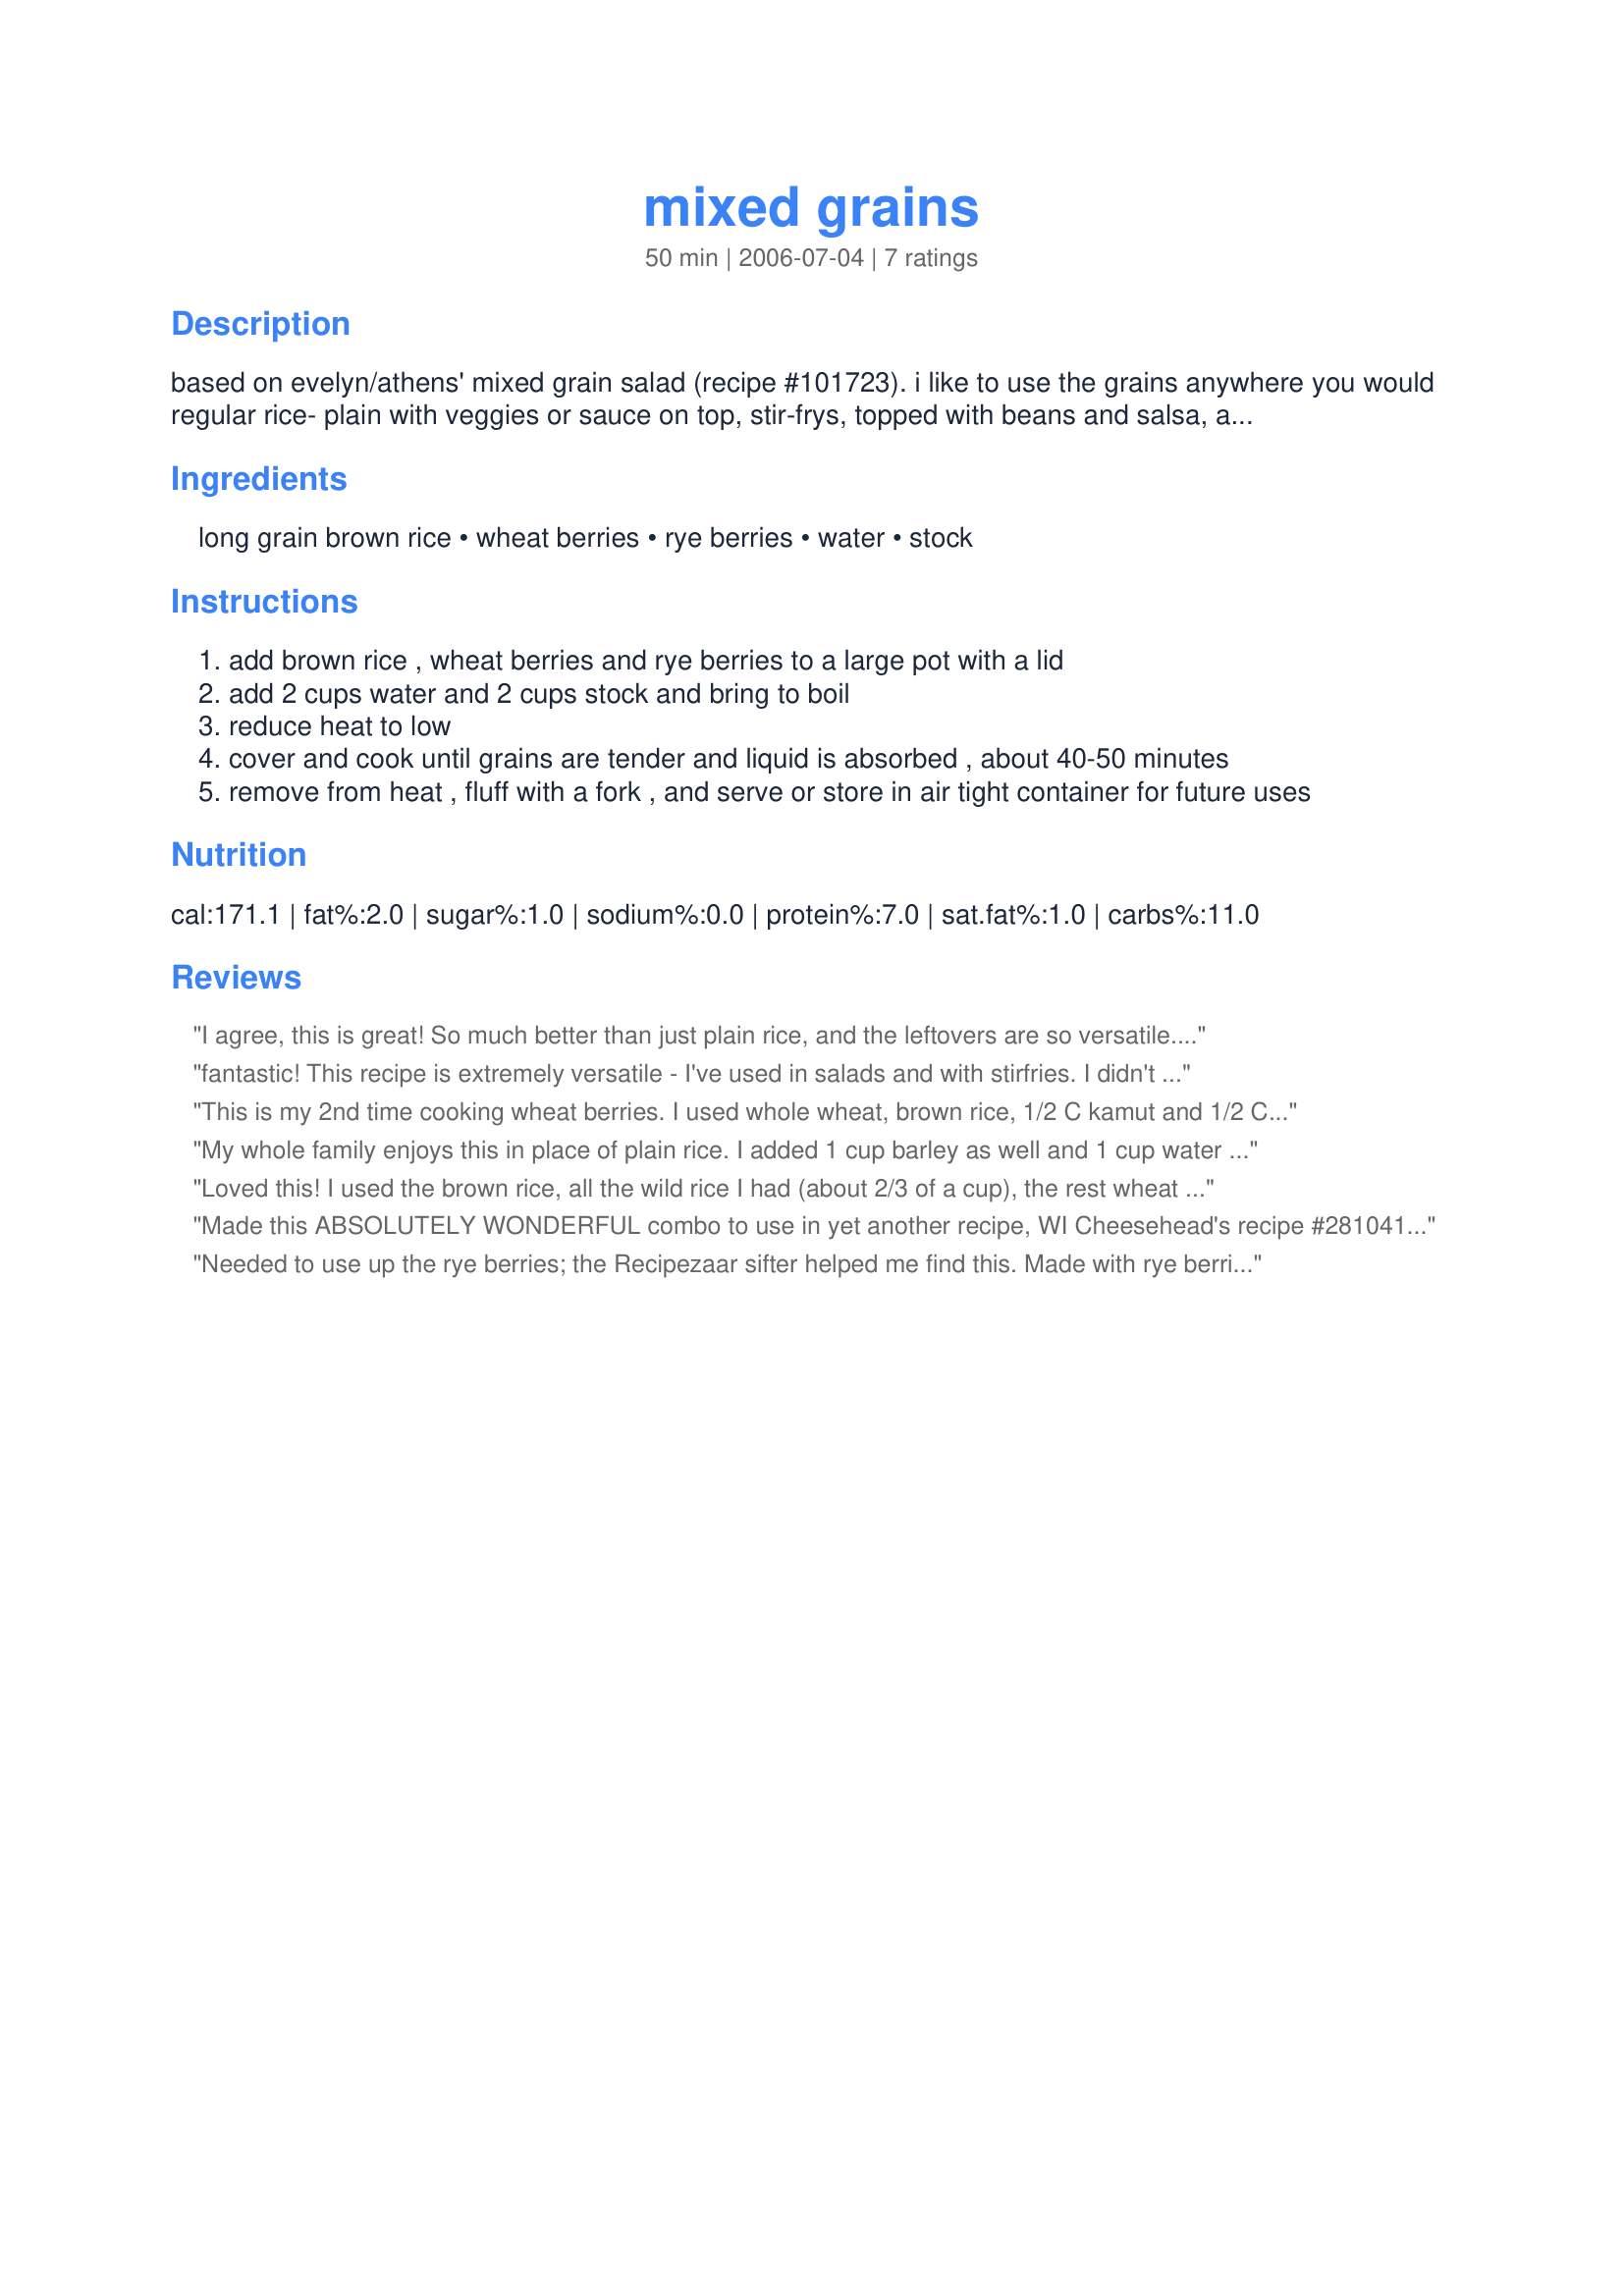
mixed grains
Preparation time: 50 minutes

based on evelyn/athens' mixed grain salad (recipe #101723). i like to use the grains anywhere you would regular rice- plain with veggies or sauce on top, stir-frys, topped with beans and salsa, as a breakfast cereal, salads, and in cassaroles. you can sub one cup of wild rice for either the rye or wheat berries. should work with barley as well, but i have not tried that yet. i often will make up a large batch over the weekend, and keep it on hand for use in various meals and snacks during the week. also, i usually do not use any stock so that i can use it in sweet things as well- i use 4 cups of water instead. it is just more versatile that way.

Ingredients:
long grain brown rice, wheat berries, rye berries, water, stock

Steps:
add brown rice , wheat berries and rye berries to a large pot with a lid
add 2 cups water and 2 cups stock and bring to boil
reduce heat to low
cover and cook until grains are tender and liquid is absorbed , about 40-50 minutes
remove from heat , fluff with a fork , and serve or store in air tight container for future uses

Reviews:
I agree, this is great! So much better than just plain rice, and the leftovers are so versatile. I plan on keeping some of this around. And if you're tired of oatmeal, a bowl of this with some milk and berries is so good and tasty.
fantastic! This recipe is extremely versatile - I've used in salads and with stirfries. I didn't have rye berries so I used double the wheat berries. The berries remained slightly chewy which added a nice texture to the recipes. I will definitely be making this again and I hope to freeze some when I do.
This is my 2nd time cooking wheat berries. I used whole wheat, brown rice, 1/2 C kamut and 1/2 C barley with all water. I had to add about 1/2 C water for it to cook the last 15 minutes. Makes a lot and I took some and mixed it with shrimp and garlic. I love the chewiness. My 4 yo loved it, but the older 2 didn't like the chewiness. :) I made up some for my DH to cook in the micro in the morning for breakfast cereal with added flax meal and oat bran. I had printed out several cooked grain recipes and mixed another one up with this one. Which means I also added 2 T ground flax seed in the pot, but it only adds more nutrition! I'll have to try it in a salad soon. I froze the rest, like Ladypit.
My whole family enjoys this in place of plain rice. I added 1 cup barley as well and 1 cup water . It was just as good. To make it easy for my daughter to cook I made it the rice cooker. This left it a little chewier but was still good.
Loved this! I used the brown rice, all the wild rice I had (about 2/3 of a cup), the rest wheat berries, and all water. I had mine on too high and all the water cooked out so I needed to replace it, but it worked out well. Great chewy texture. I froze it in bags (I'll let you know how that turns out) hoping it will be a good quick way to get more whole grains into our diet. We love them, but often have a hard time when I forget to plan ahead. What I didn't freeze we ate with some chicken I cooked in the crockpot. Great grain. Thanks! Updated to say that this froze quite well. Froze it in bags of 2 cups which was perfect for us! I'll be making this a lot and freezing so I have whole grains available quickly!
Made this ABSOLUTELY WONDERFUL combo to use in yet another recipe, WI Cheesehead's recipe #281041 #281041, & believe me, I'll be making & freezing this mixture much more often, as I'm already thinking of other recipes in which I can use it! I often use brown rice in combination with regular peas as a side dish, & will be trying that with these 'mixed grains' as well! A great recipe keeper!
Needed to use up the rye berries; the Recipezaar sifter helped me find this. Made with rye berries, red wheat berries and white rice as well as four cups of water and 1/2 c dry french onion soup mix. This tasted wonderful! Thank you for posting.
